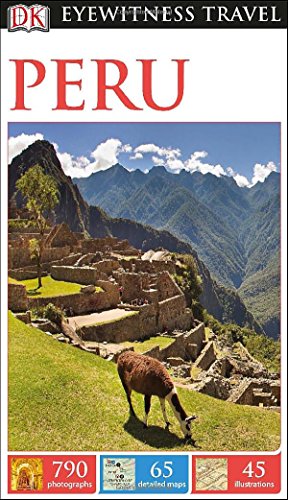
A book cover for DK Eyewitness Travel Guide: Peru; DK Publishing; Travel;